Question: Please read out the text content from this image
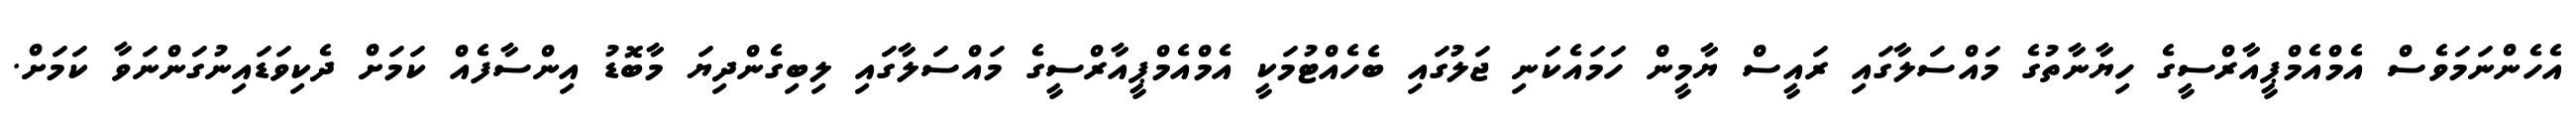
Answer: އެހެންނަމަވެސް އެމްއެމްޕީއާރްސީގެ ހިޔާނާތުގެ މައްސަލާގައި ރައީސް ޔާމީން ހަމައެކަނި ޖަލުގައި ބެހެއްޓުމަކީ އެމްއެމްޕީއާރްސީގެ މައްސަލާގައި ލިބިގެންދިޔަ މާބޮޑު އިންސާފެއް ކަމަށް ދެކިވަޑައިނުގަންނަވާ ކަމަށް.